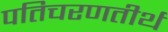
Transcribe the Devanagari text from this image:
पतिचरणतीर्थ